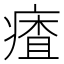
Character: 㾴